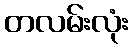
တလမ်းလုံး